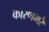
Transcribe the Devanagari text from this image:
कारणमरे